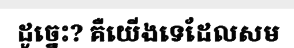
ដូច្នេះ? គឺយើងទេដែលសម